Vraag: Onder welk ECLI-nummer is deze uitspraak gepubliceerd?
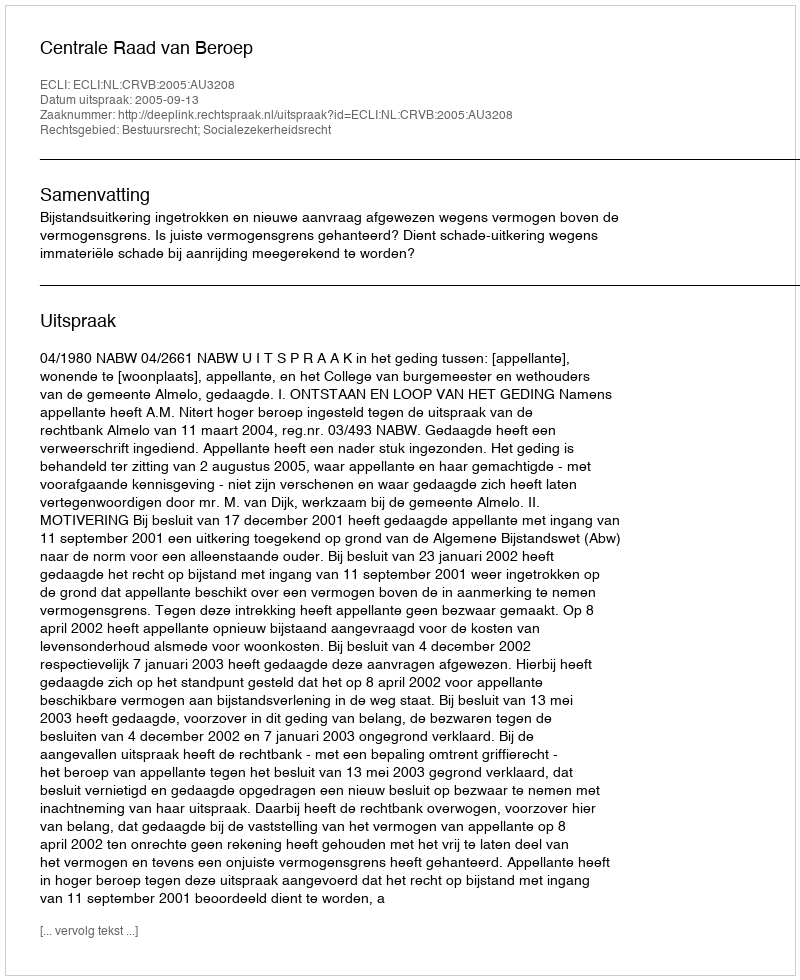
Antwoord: ECLI:NL:CRVB:2005:AU3208